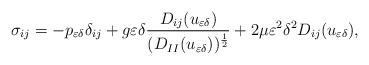
LaTeX: \begin{align*}\sigma_{ij}=-p_{\varepsilon\delta}\delta_{ij}+g \varepsilon\delta\dfrac{D_{ij}(u_{\varepsilon\delta})}{(D_{II}(u_{\varepsilon\delta}))^{\frac{1}{2}}}+2\mu\varepsilon^{2} \delta^{2} D_{ij}(u_{\varepsilon\delta}), \end{align*}